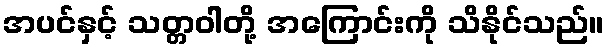
အပင်နှင့် သတ္တဝါတို့ အကြောင်းကို သိနိုင်သည်။